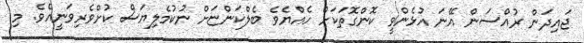
ޖައިދަން ރުއްސަން އޭނަ އުޅެންވީ ކޮންގޮތަކަށް ހެއްޔެވެ ބެލްކަންޏަށް ނުކުމެލިޔަސް ކުށްވެރިވަނީއެވެ. މި